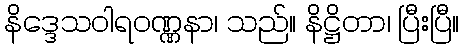
နိဒ္ဒေသဝါရဝဏ္ဏနာ၊ သည်။ နိဋ္ဌိတာ၊ ပြီးပြီ။